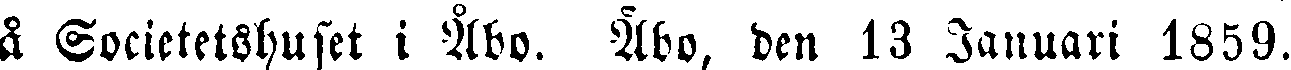
a Societetshuset i Åbo. Åbo, den 13 Januari 1859.